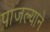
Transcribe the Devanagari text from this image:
पाजल्याने